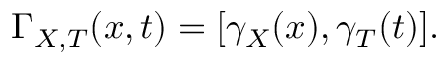
\Gamma _ { X , T } ( x , t ) = [ \gamma _ { X } ( x ) , \gamma _ { T } ( t ) ] .